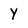
Character: y